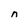
Character: n